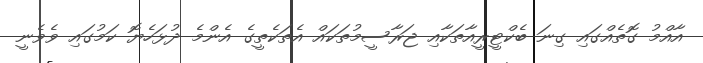
އާއްމު ގޮތެއްގައި ގިނަ ބެކްޓީރީއާތަކާއި ޖަރާސީމުތަކައް އެތަކެތީގެ އެންމެ ދުޅަހެޔޮ ކަމުގައި ވެވެނީ